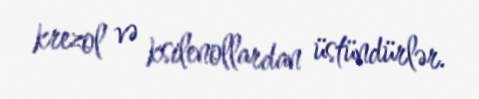
krezol və ksilenollardan üstündürlər.